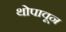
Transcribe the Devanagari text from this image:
थोपावून